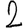
Digit: 2